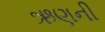
ઋણની